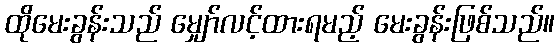
ထိုမေးခွန်းသည် မျှော်လင့်ထားရမည့် မေးခွန်းဖြစ်သည်။